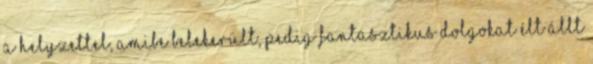
a helyzettel, amibe belekerült, pedig fantasztikus dolgokat élt állt